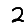
Digit: 2